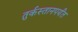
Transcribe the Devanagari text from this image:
तुर्कस्तानपर्यंत